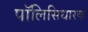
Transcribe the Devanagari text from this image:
पॉलिसिधारक